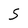
Character: 5